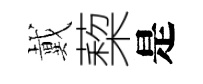
戴蔾是